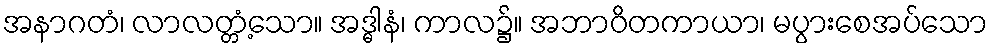
အနာဂတံ၊ လာလတ္တံ့သော။ အဒ္ဓါနံ၊ ကာလ၌။ အဘာဝိတကာယာ၊ မပွားစေအပ်သော